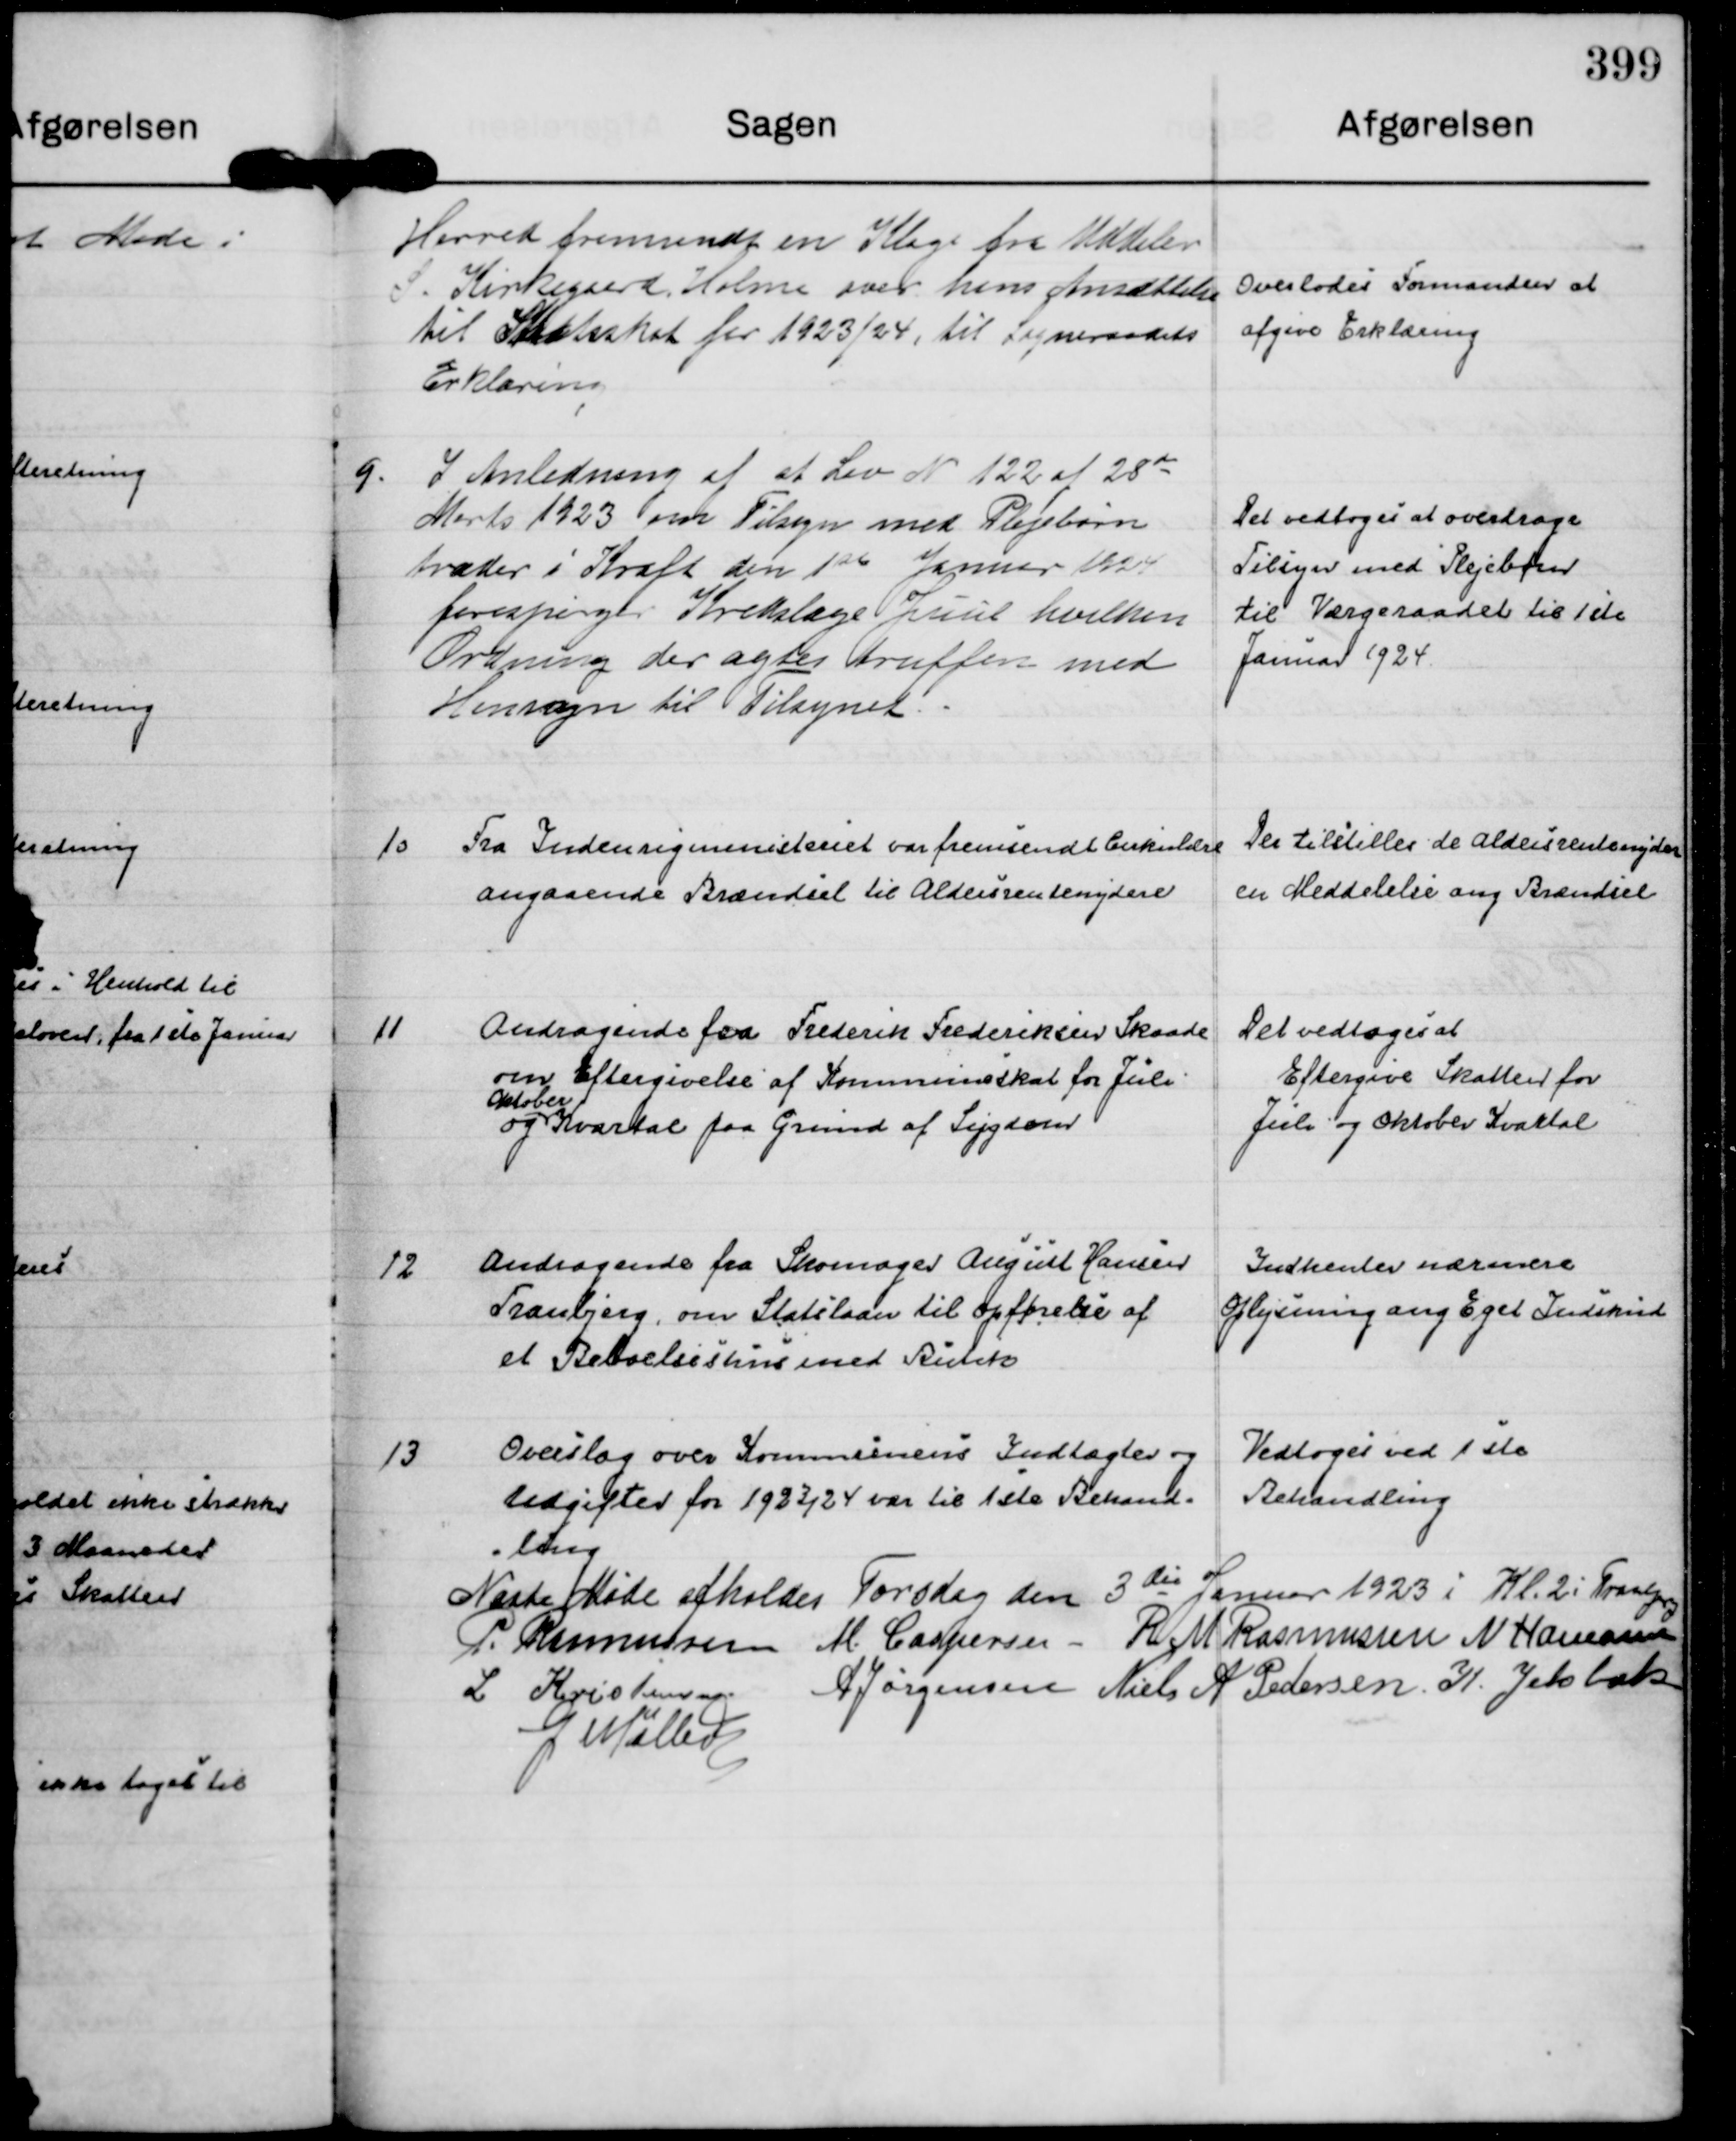
Transskription:
Herred fremsendt en Klage fra Uddeler
S. Kirkegaard, Holme over hans Ansættelse 
til Statsskat for 1923/24, til Sogneraadets
Erklæring

Overlodes Formanden at
afgive Erklæring

9.
I Anledning af at Lov N 122 af 28 de
Marts 1923 om Tilsyn med Plejebørn
træder i Kraft den 1 ste Januar 1924 
forespørger Kredslæge Juul hvilken
Ordning der anses truffen med
Hensyn til Tilsynet.

Det vedtoges at overdrage
Tilsyn med Plejebørn
til Værgeraadet til 1 ste
Januar 1924.

10
Fra Indenrigsministeriet var fremsendt Cirkulære
angaaende Brændsel til Aldersrentenydere

Der tilstilles de Aldersrentenydere
en Meddelelse ang Brændsel

11
Andragende fra Frederik Frederiksen Skaade
om Eftergivelse af Kommuneskat for Juli
og
Oktober
Kvartal paa Grund af Sygdom

Det vedtoges at
Eftergive Skatten for
Juli og Oktober Kvartal

12
Andragende fra Skomager August Hansen
Tranbjerg, om Statslaan til opførelse af
et Beboelseshus med Rieteto

Indhenter nærmere
Oplysning ang Eget Indskud

13
Overslag over Kommunens Indtægter og
Udgifter for 1923/24 var til 1 ste Behand=
- ling

Vedtoges ved 1 ste
Behandling

Næste Møde afholdes Torsdag den 3 die Januar 1923 i Kl. 2 i Tranbjerg
P. Rasmussen
M. Caspersen
R M Rasmussen
N Hamann
L Kristensen
A Jørgensen
Niels A Pedersen.
K. Jelsbak
G Møller